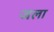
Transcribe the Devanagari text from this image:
जला